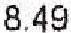
8.49